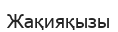
Жақияқызы